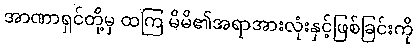
အာဏာရှင်တို့မှ ထကြ မိမိ၏အရာအားလုံးနှင့်ဖြစ်ခြင်းကို